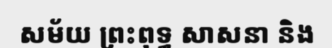
សម័យ ព្រះពុទ្ធ សាសនា និង